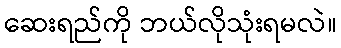
ဆေးရည်ကို ဘယ်လိုသုံးရမလဲ။